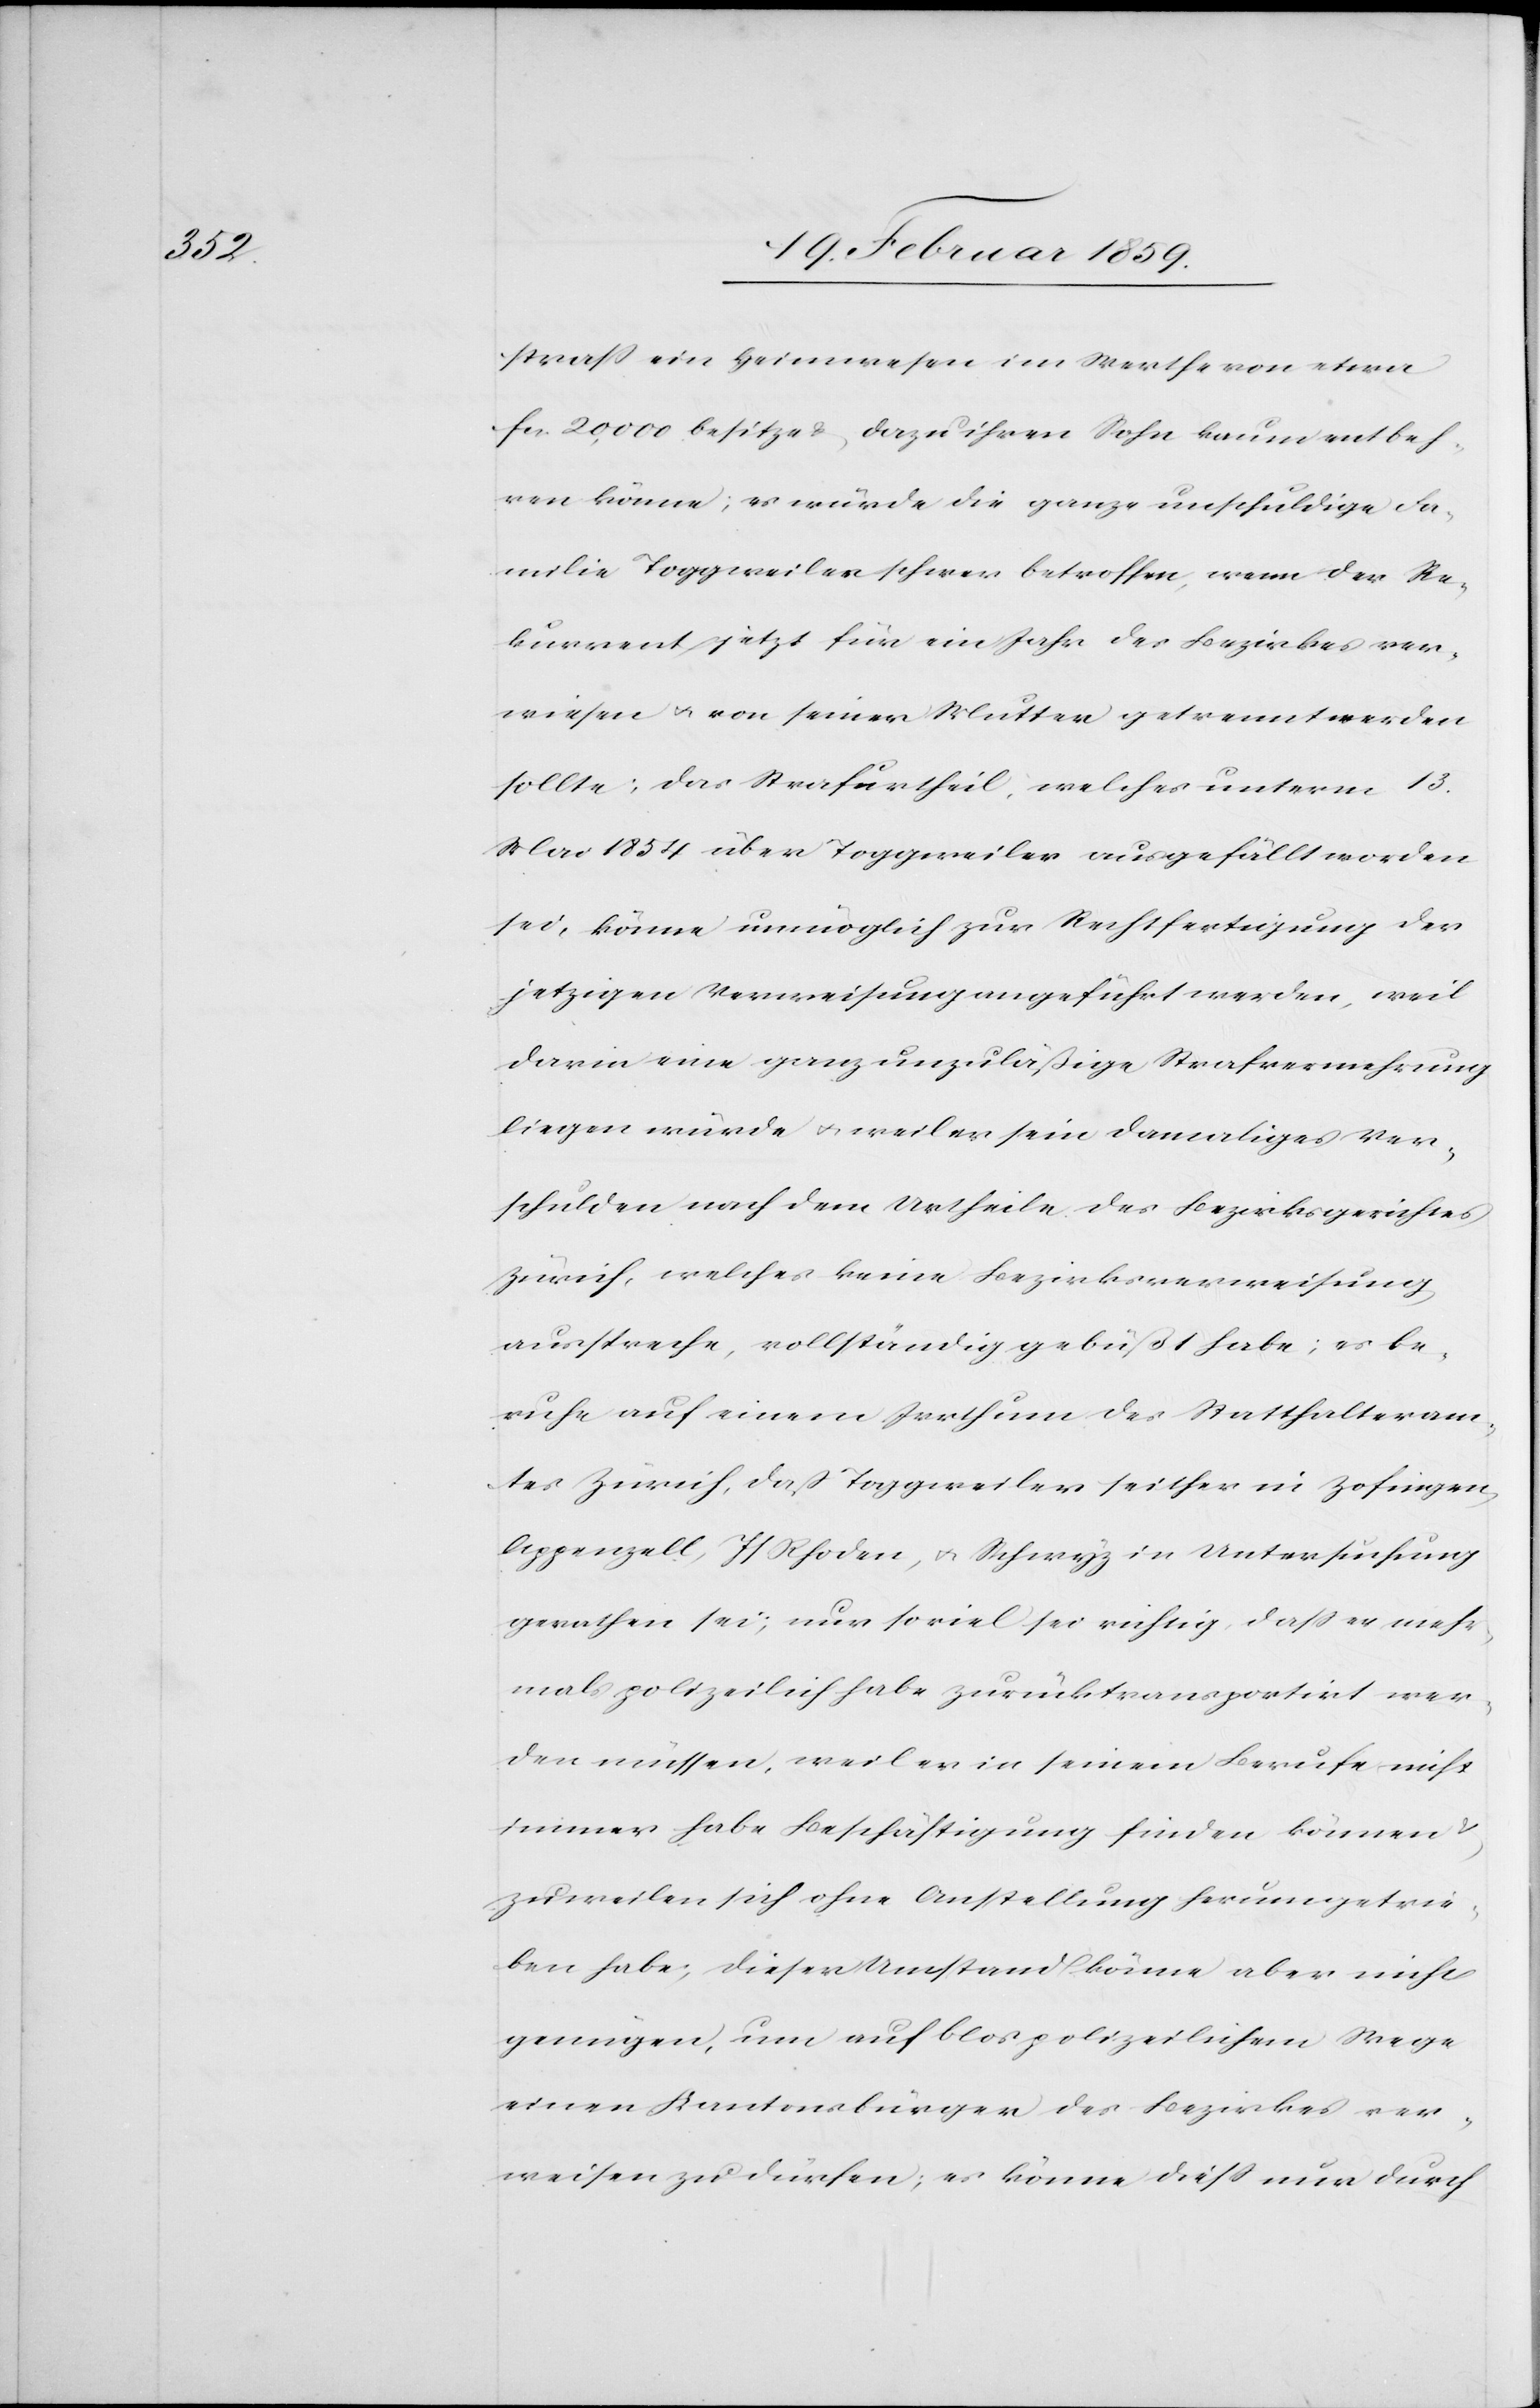
straß ein Heimwesen im Werthe von etwa
fcs. 20,000 besitze & dazu ihren Sohn kaum entbeh¬
ren könne; es würde die ganze unschuldige Fa¬
milie Toggweiler schwer betroffen, wenn der Re¬
kurrent jetzt für ein Jahr des Bezirkes ver¬
wiesen u. von seiner Mutter getrennt werden
sollte; das Strafurtheil, welches unterm 13.
Mai 1854 über Toggweiler ausgefällt worden
sei, könne unmöglich zur Rechtfertigung der
jetzigen Verweisung angeführt werden, weil
darin eine ganz unzuläßige Strafvermehrung
liegen würde u. weil er sein damaliges Ver¬
schulden nach dem Urtheile des Bezirksgerichtes
Zürich, welches keine Bezirksverweisung
ausspreche, vollständig gebüßt habe; es be¬
ruhe auf einem Irrthum des Statthalteram¬
tes Zürich, daß Toggweiler seither in Zofingen,
Appenzell, I/Rhoden, u. Schwyz in Untersuchung
gerathen sei; nur soviel sei richtig, daß er mehr¬
mals polizeilich habe zurücktransportirt wer¬
den müssen, weil er in seinem Berufe nicht
immer habe Beschäftigung finden können
zuweilen sich ohne Anstellung herumgetrie¬
ben habe; dieser Umstand könne aber nicht
genügen, um auf blos polizeilichem Wege
einen Kantonsbürger des Bezirkes ver¬
weisen zu dürfen; es könne dieß nur durch